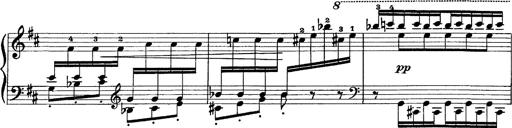
Title: Scherzo und Marsch
Composer: Franz Liszt